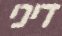
דיני